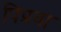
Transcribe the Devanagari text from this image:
पिप्रवा